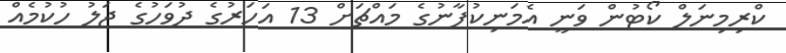
ކްރިމިނަލް ކޯޓުން ވަނީ އެމަނިކުފާނުގެ މައްޗަށް 13 އަހަރުގެ ދުވަހުގެ ޖަލު ހުކުމެއް